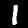
Label: 1